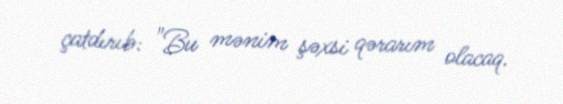
çatdırıb: "Bu mənim şəxsi qərarım olacaq.